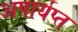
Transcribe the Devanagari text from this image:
अपार्यप्त